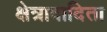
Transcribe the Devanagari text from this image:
क्षेत्रावादिता